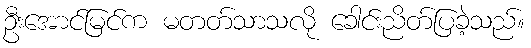
ဦးအောင်မြင်က မတတ်သာသလို ခေါင်းညိတ်ပြခဲ့သည်။